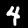
Digit: 4